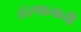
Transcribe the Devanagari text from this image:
संस्थानानी